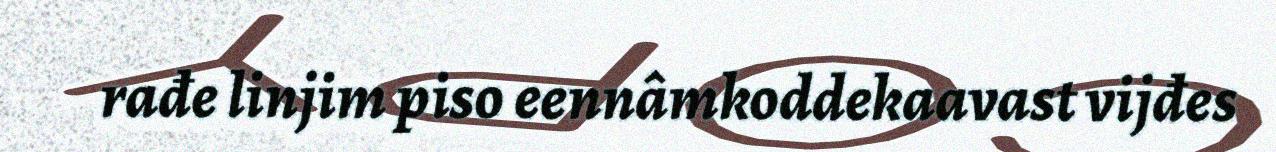
rađe linjim piso eennâmkoddekaavast vijđes